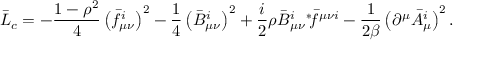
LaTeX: \bar { \cal L } _ { c } = - \frac { 1 - \rho ^ { 2 } } 4 \left( \bar { f } _ { \mu \nu } ^ { i } \right) ^ { 2 } - \frac 1 4 \left( \bar { B } _ { \mu \nu } ^ { i } \right) ^ { 2 } + \frac i 2 \rho \bar { B } _ { \mu \nu } ^ { i } { } ^ { \ast } \! \bar { f } ^ { \mu \nu i } - \frac 1 { 2 \beta } \left( \partial ^ { \mu } \bar { A } _ { \mu } ^ { i } \right) ^ { 2 } .